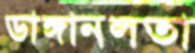
ডাঙ্গানলতা